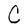
Character: C